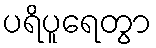
ပရိပူရေတွာ